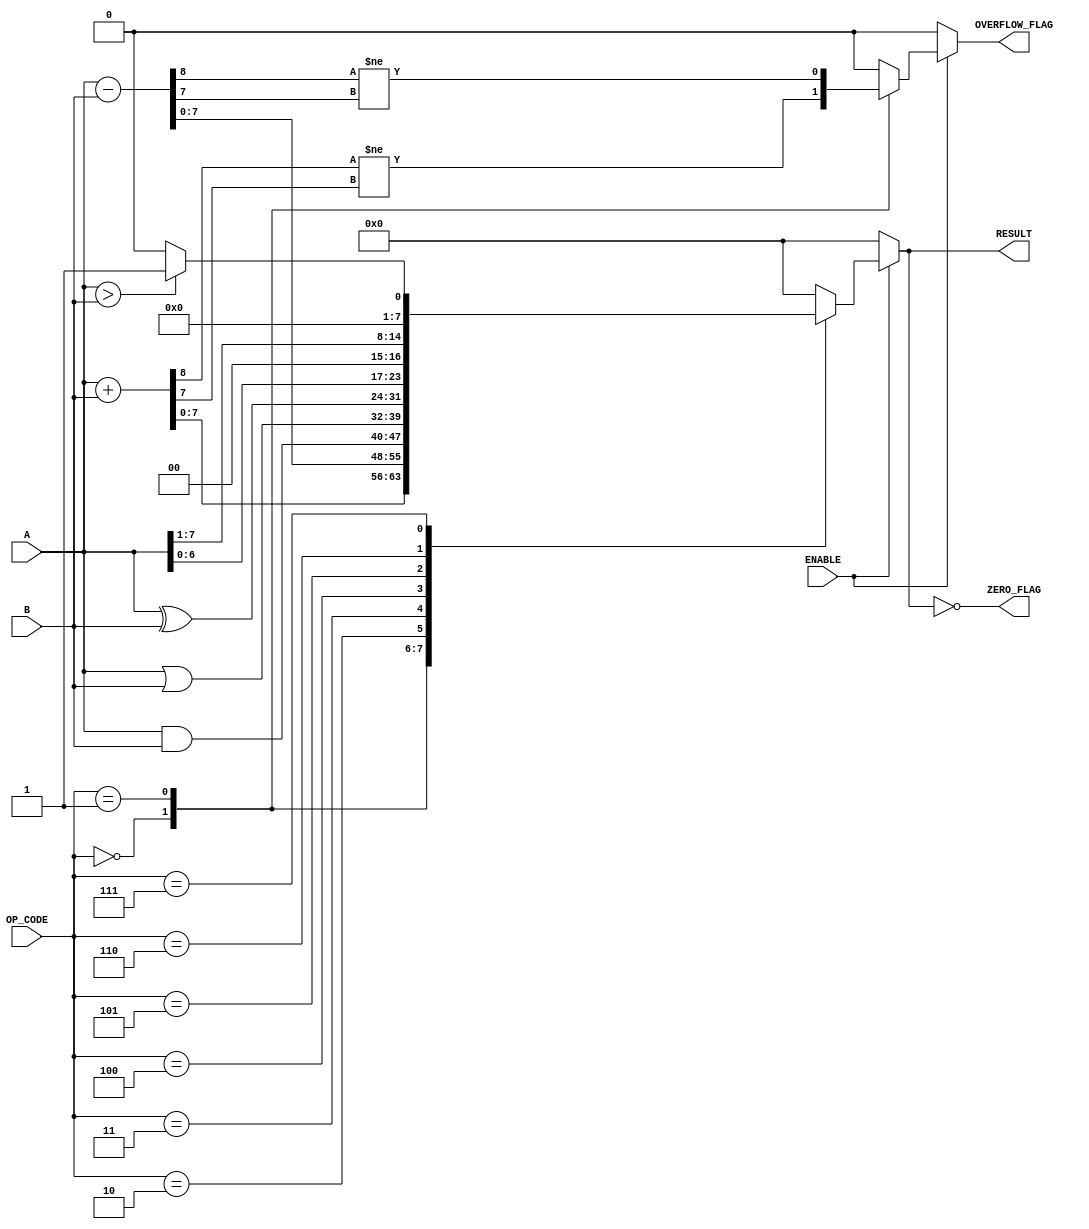
module parameterized_alu #(
    parameter DATA_WIDTH = 8,          // Width of the data
    parameter OPERATION_COUNT = 8       // Number of operations
)(
    input  wire [DATA_WIDTH-1:0] A,    // First operand
    input  wire [DATA_WIDTH-1:0] B,    // Second operand
    input  wire [OPERATION_COUNT-1:0] OP_CODE, // Operation code
    input  wire ENABLE,                 // Enable signal
    output reg  [DATA_WIDTH-1:0] RESULT, // Result of the operation
    output reg  ZERO_FLAG,             // Zero flag
    output reg  OVERFLOW_FLAG           // Overflow flag
);

    // Internal signals
    reg [DATA_WIDTH:0] temp_result; // For overflow detection

    always @(*) begin
        if (ENABLE) begin
            case (OP_CODE)
                3'b000: begin // Addition
                    temp_result = A + B;
                    RESULT = temp_result[DATA_WIDTH-1:0];
                    OVERFLOW_FLAG = (temp_result[DATA_WIDTH] != temp_result[DATA_WIDTH-1]);
                end
                3'b001: begin // Subtraction
                    temp_result = A - B;
                    RESULT = temp_result[DATA_WIDTH-1:0];
                    OVERFLOW_FLAG = (temp_result[DATA_WIDTH] != temp_result[DATA_WIDTH-1]);
                end
                3'b010: begin // Bitwise AND
                    RESULT = A & B;
                    OVERFLOW_FLAG = 1'b0; // No overflow for logical operations
                end
                3'b011: begin // Bitwise OR
                    RESULT = A | B;
                    OVERFLOW_FLAG = 1'b0;
                end
                3'b100: begin // Bitwise XOR
                    RESULT = A ^ B;
                    OVERFLOW_FLAG = 1'b0;
                end
                3'b101: begin // Shift left
                    RESULT = A << 1;
                    OVERFLOW_FLAG = 1'b0;
                end
                3'b110: begin // Shift right
                    RESULT = A >> 1;
                    OVERFLOW_FLAG = 1'b0;
                end
                3'b111: begin // Comparison (greater than)
                    RESULT = (A > B) ? 1 : 0;
                    OVERFLOW_FLAG = 1'b0;
                end
                default: begin
                    RESULT = {DATA_WIDTH{1'b0}}; // Default case
                    OVERFLOW_FLAG = 1'b0;
                end
            endcase
        end else begin
            RESULT = {DATA_WIDTH{1'b0}}; // Default output when disabled
            OVERFLOW_FLAG = 1'b0;
        end

        // Set the ZERO_FLAG
        ZERO_FLAG = (RESULT == {DATA_WIDTH{1'b0}});
    end

endmodule